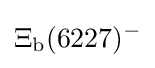
\Xi _{\rm {b}}(6227)^{-}